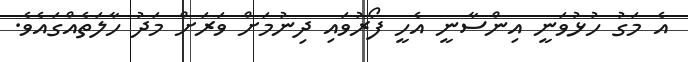
އެ މަގު ހުޅުވަނީ އިންސާނީ އެހީ ފޯރުވައި ދިނުމަށް ވަރަށް މަދު ހާލަތެއްގައެވެ.